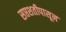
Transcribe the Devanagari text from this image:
सप्तशतीपासून